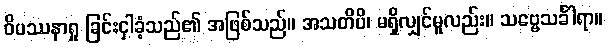
ဝိပဿနာရှု ခြင်းငှါခံ့သည်၏ အဖြစ်သည်။ အသတိပိ၊ မရှိလျှင်မူလည်း။ သဗ္ဗေသင်္ခါရာ။